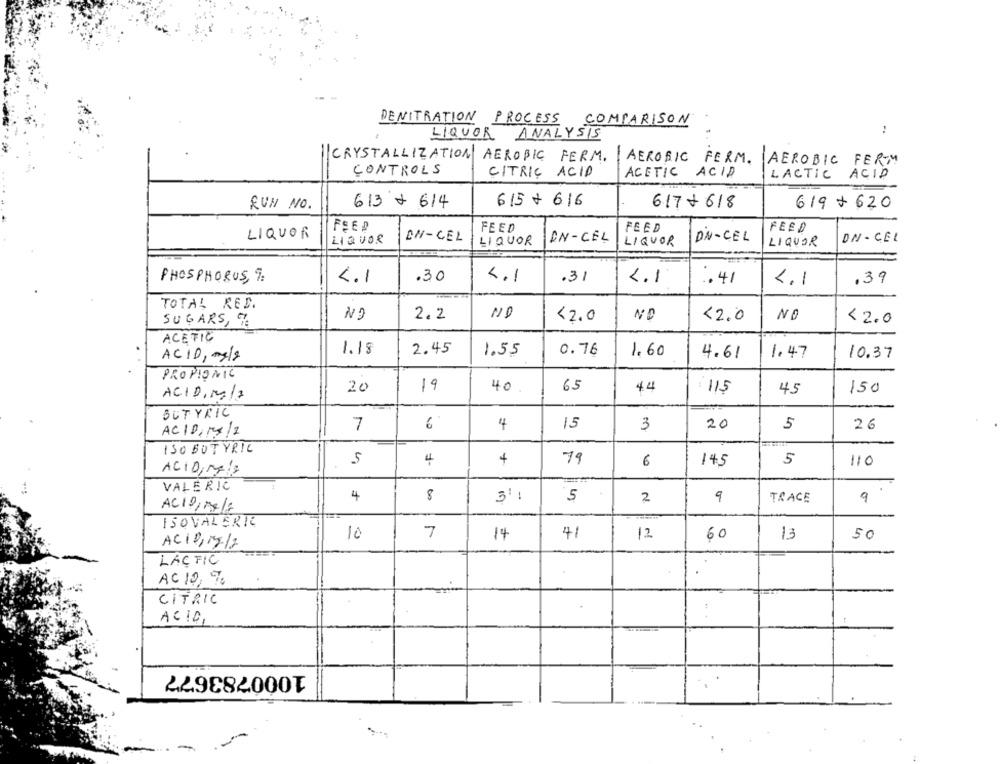
DENITRATION PROCESS COMPARISON
:
LIQUOR ANALYSIS
CRYSTALLIZATION AEROBIC FERM. AEROBIC FERM.
AEROBIC FERM
CONTROLS
CITRIC ACID
ACETIC ACID
LACTIC ACID
RUH NO.
613 + 614
615 + 616
617 + 618
619+ 620
FEED
FEED
FEED
FEED
LIQUOR
ON-CEL
DN-CEL
DN - CEL
LIQUOR
LIQUOR
LIQUOR
DN-CEL
LIQUOR
PHOSPHORUS, 9%.
4.1
.30
4.1
.31
4.1
.41
4.1
.39
TOTAL RED.
2.2
<2.0
NO
22.0
NO
<2.0
SUGARS, %
ACETIC
1.18
2.45
1.55
0.76
ACID, - 3/9
1.60
4.61
1.47
10.37
PROPIONIC
20
19
40
65
44
150
ACID,M/7
115
45
BUTYRIC
7
6
4
15
3
20
5
26
ACID,14/2
ISO BUTYRIC
5
4
4
79
6
145
5
110
ACID, mais
VALERIC
4
8
31 :
5
2
9
TRACE
9
ACID/ 04/7
ISOVALERIE
7
14
41
12
60
13
5 0
10
AC10,18-12
LACTIC
AC 10,70
CITRIC
ACID,
1000783677